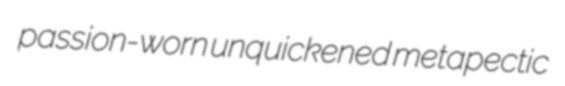
passion-worn unquickened metapectic